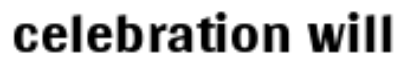
celebration will